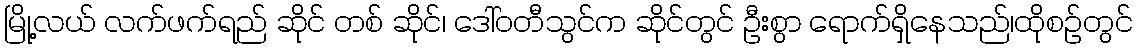
မြို့လယ် လက်ဖက်ရည် ဆိုင် တစ် ဆိုင်၊ ဒေါ်ဝတီသွင်က ဆိုင်တွင် ဦးစွာ ရောက်ရှိနေသည်၊ထိုစဉ်တွင်